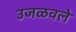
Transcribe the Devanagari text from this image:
उजळवले